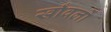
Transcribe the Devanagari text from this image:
खाँवलों